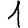
Digit: 1